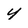
Character: y